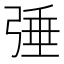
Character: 𢏴